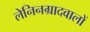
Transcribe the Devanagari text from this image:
लेनिनग्रादवालों